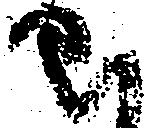
せ